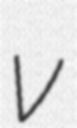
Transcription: v